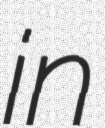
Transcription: in